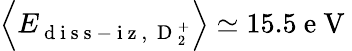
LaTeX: \left\langle E_{\mathrm{~d~i~s~s~-~i~z~,~}\mathrm{~D~}_{2}^{+}}\right\rangle\simeq 15.5\mathrm{~e~V~}